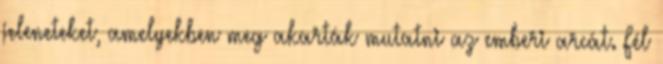
jeleneteket, amelyekben meg akarták mutatni az emberi arcát. Fél